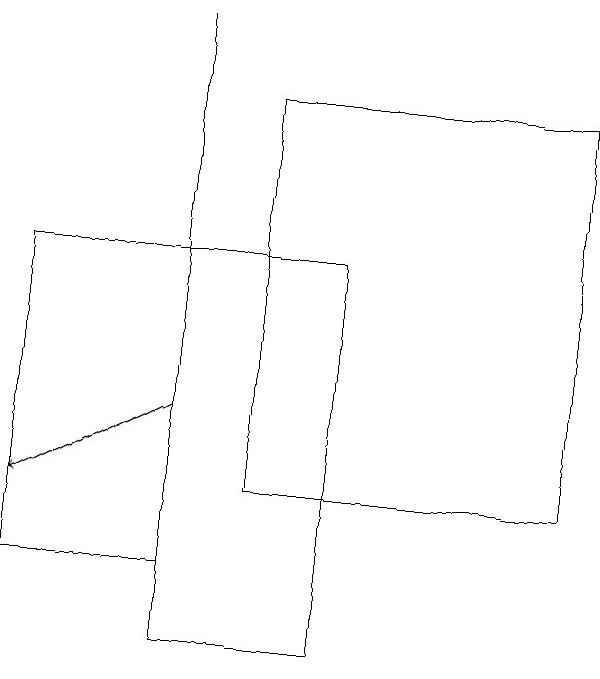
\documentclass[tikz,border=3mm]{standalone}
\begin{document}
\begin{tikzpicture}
\draw (3,10) rectangle (5,15);
\draw (4,12) rectangle (8,17);
\draw (3,12) rectangle (3,18);
\draw (3,11) rectangle (1,15);
\draw[->] (3,13) -- (1,12);
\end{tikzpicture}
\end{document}